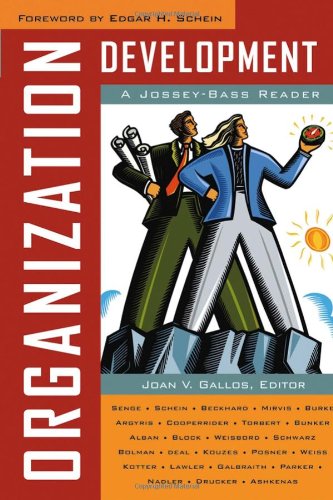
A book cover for Organization Development: A Jossey-Bass Reader; Business & Money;